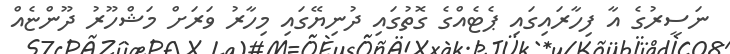
ނަސީރުގެ އާ ފިހާރައިގައި ޕެޓެއްގެ ގޮތުގައި ދުނިޔޭގައި މިހާރު ވަރަށް މަޝްހޫރު ދޫންޏެއް